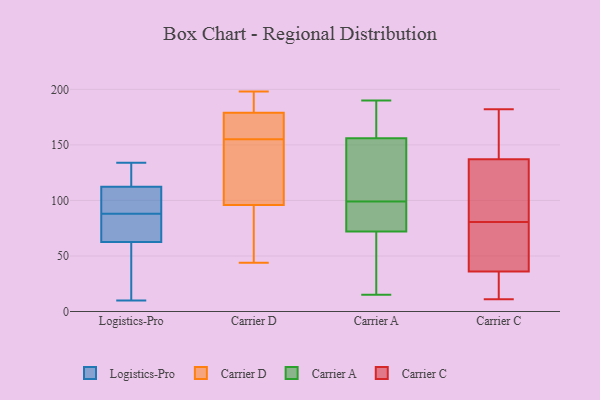
{"axis": {"x": "Waste Production (Tons)", "y": "Value"}, "legend": ["Carrier A", "Carrier C", "Carrier D", "Logistics-Pro"], "data": [{"x": "", "y": 134, "type": "Logistics-Pro"}, {"x": "", "y": 110, "type": "Logistics-Pro"}, {"x": "", "y": 119, "type": "Logistics-Pro"}, {"x": "", "y": 126, "type": "Logistics-Pro"}, {"x": "", "y": 61, "type": "Logistics-Pro"}, {"x": "", "y": 16, "type": "Logistics-Pro"}, {"x": "", "y": 89, "type": "Logistics-Pro"}, {"x": "", "y": 101, "type": "Logistics-Pro"}, {"x": "", "y": 75, "type": "Logistics-Pro"}, {"x": "", "y": 10, "type": "Logistics-Pro"}, {"x": "", "y": 102, "type": "Logistics-Pro"}, {"x": "", "y": 72, "type": "Logistics-Pro"}, {"x": "", "y": 88, "type": "Logistics-Pro"}, {"x": "", "y": 87, "type": "Logistics-Pro"}, {"x": "", "y": 121, "type": "Logistics-Pro"}, {"x": "", "y": 63, "type": "Logistics-Pro"}, {"x": "", "y": 43, "type": "Logistics-Pro"}, {"x": "", "y": 110, "type": "Carrier D"}, {"x": "", "y": 198, "type": "Carrier D"}, {"x": "", "y": 96, "type": "Carrier D"}, {"x": "", "y": 179, "type": "Carrier D"}, {"x": "", "y": 158, "type": "Carrier D"}, {"x": "", "y": 44, "type": "Carrier D"}, {"x": "", "y": 190, "type": "Carrier D"}, {"x": "", "y": 152, "type": "Carrier D"}, {"x": "", "y": 160, "type": "Carrier D"}, {"x": "", "y": 94, "type": "Carrier D"}, {"x": "", "y": 15, "type": "Carrier A"}, {"x": "", "y": 99, "type": "Carrier A"}, {"x": "", "y": 15, "type": "Carrier A"}, {"x": "", "y": 190, "type": "Carrier A"}, {"x": "", "y": 51, "type": "Carrier A"}, {"x": "", "y": 79, "type": "Carrier A"}, {"x": "", "y": 82, "type": "Carrier A"}, {"x": "", "y": 106, "type": "Carrier A"}, {"x": "", "y": 98, "type": "Carrier A"}, {"x": "", "y": 186, "type": "Carrier A"}, {"x": "", "y": 133, "type": "Carrier A"}, {"x": "", "y": 168, "type": "Carrier A"}, {"x": "", "y": 152, "type": "Carrier A"}, {"x": "", "y": 172, "type": "Carrier C"}, {"x": "", "y": 137, "type": "Carrier C"}, {"x": "", "y": 59, "type": "Carrier C"}, {"x": "", "y": 131, "type": "Carrier C"}, {"x": "", "y": 145, "type": "Carrier C"}, {"x": "", "y": 55, "type": "Carrier C"}, {"x": "", "y": 182, "type": "Carrier C"}, {"x": "", "y": 72, "type": "Carrier C"}, {"x": "", "y": 36, "type": "Carrier C"}, {"x": "", "y": 28, "type": "Carrier C"}, {"x": "", "y": 127, "type": "Carrier C"}, {"x": "", "y": 89, "type": "Carrier C"}, {"x": "", "y": 175, "type": "Carrier C"}, {"x": "", "y": 11, "type": "Carrier C"}, {"x": "", "y": 17, "type": "Carrier C"}, {"x": "", "y": 134, "type": "Carrier C"}, {"x": "", "y": 15, "type": "Carrier C"}, {"x": "", "y": 60, "type": "Carrier C"}]}